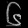
Digit: ၆